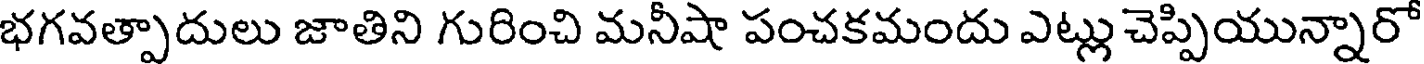
భగవత్పాదులు జాతిని గురించి మనీషా పంచకమందు ఎట్లు చెప్పియున్నారో